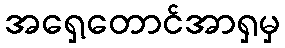
အရှေ့တောင်အာရှမှ